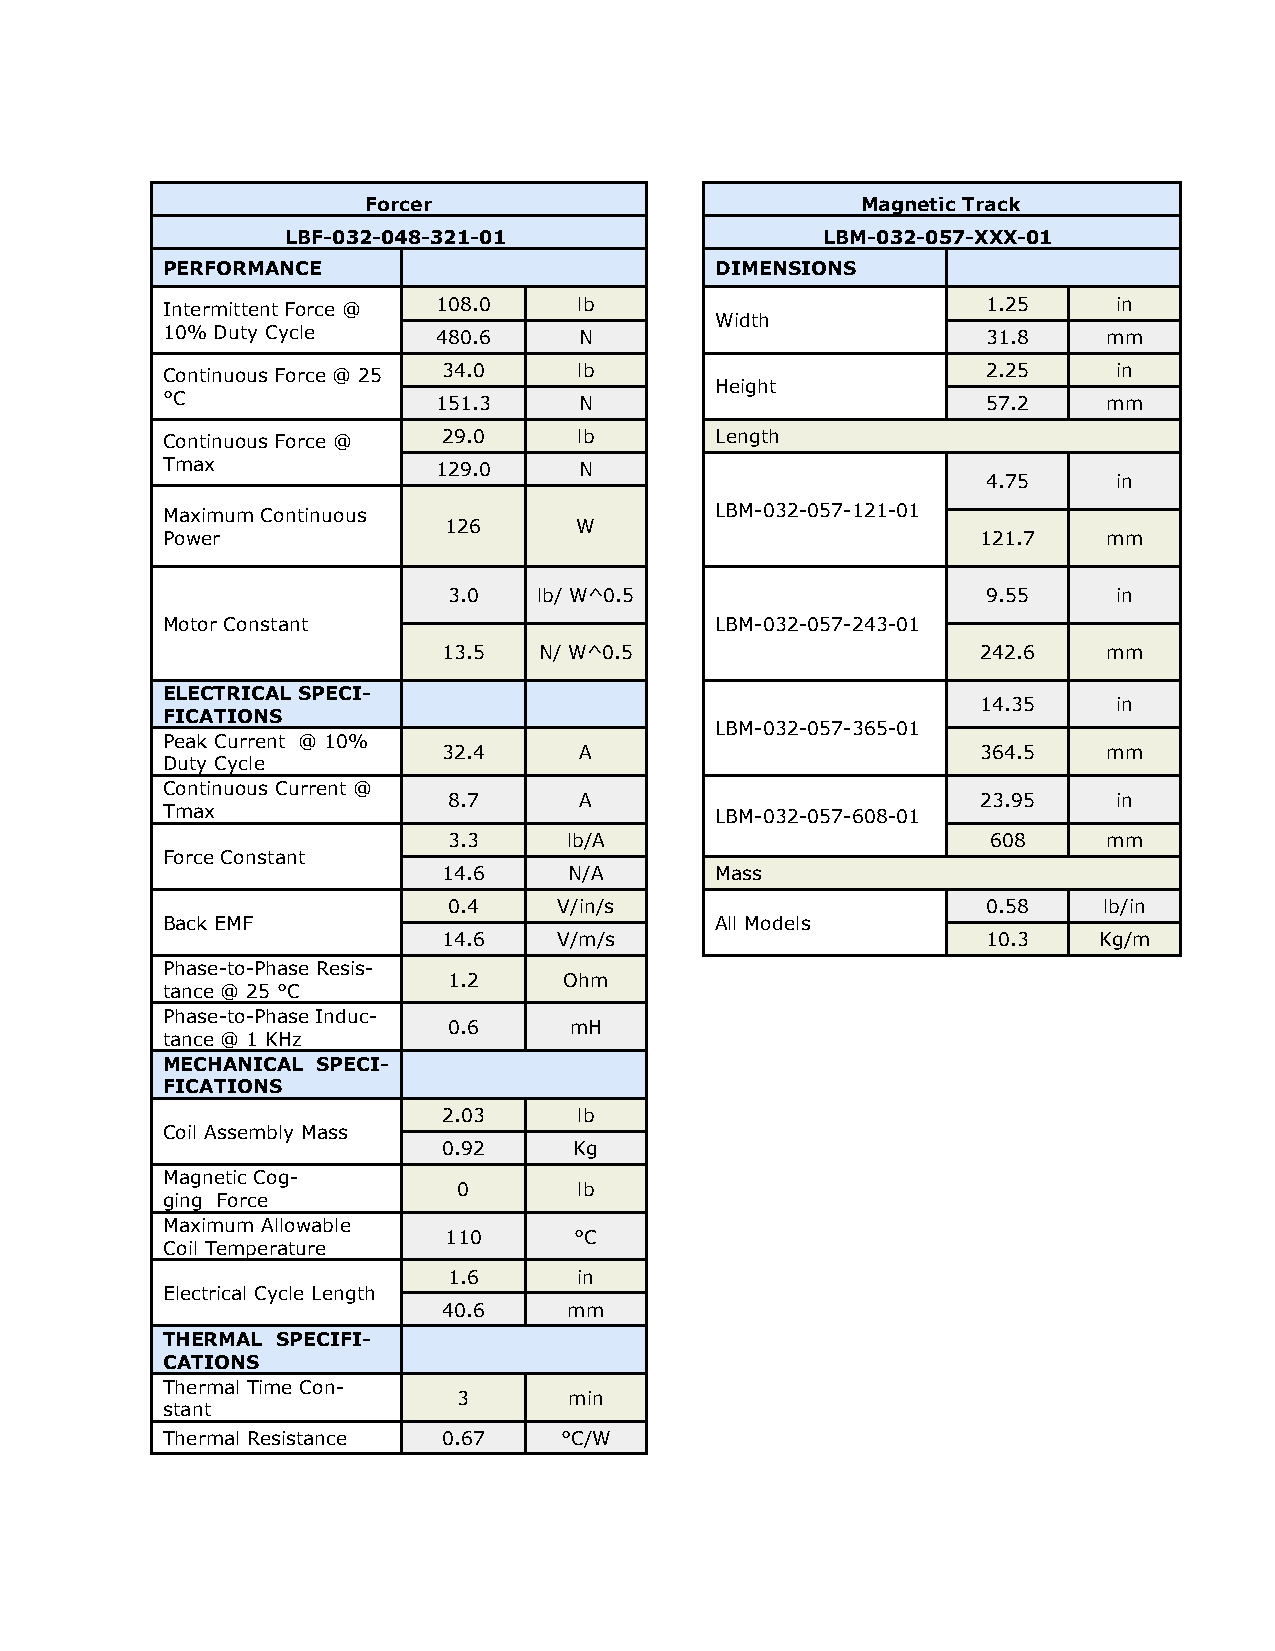
Forcer                           Magnetic Track
 LBF-032-048-321-01                  LBM-032-057-XXX-01
 PERFORMANCE                         DIMENSIONS
 I 1n 0t %er m Di ut tt ye n Ct
 y
 F co lerc e @ 1 40 88 0. .0
 6
 l Nb
 Width
 1 3. 12 .5
 8
 min
 m
 C °Co n tinuous Force @ 25 13 54 1. .0
 3
 l Nb
 Height
 2 5. 72 .5
 2
 min
 m
 Continuous Force @ 29.0    lb       Length
 Tmax              129.0    N
 4.75     in
 Maximum Continuous                  LBM-032-057-121-01
 Power
 126      W
 121.7   mm
 3.0   lb/ W^0.5                    9.55     in
 Motor Constant                      LBM-032-057-243-01
 13.5   N/ W^0.5                     242.6   mm
 E FIL CE AC TT IR OIC NA SL SPECI-
 14.35    in
 LBM-032-057-365-01
 P De ua tyk CC yu crr lee nt @ 10%
 32.4     A                          364.5   mm
 C Tmon at xin uous Current @
 8.7     A
 LBM-032-057-608-01
 23.95    in
 3.3     lb/A                        608    mm
 Force Constant
 14.6     N/A      Mass
 0.4    V/in/s                      0.58    lb/in
 Back EMF                            All Models
 14.6    V/m/s                       10.3    Kg/m
 Phase-to-Phase Resis-
 tance @ 25 °C
 1.2    Ohm
 Phase-to-Phase Induc-
 tance @ 1 KHz
 0.6     mH
 MECHANICAL SPECI-
 FICATIONS
 2.03     lb
 Coil Assembly Mass
 0.92     Kg
 M gia ng gn e Ft oic
 rc
 C eo g-
 0       lb
 M Coa ix
 l
 i Tm eu mm
 p
 eA rl alo tuw ra eb le
 110      °C
 1.6     in
 Electrical Cycle Length
 40.6     mm
 THERMAL SPECIFI-
 CATIONS
 T sth ae nr tm al Time Con-
 3       min
 Thermal Resistance 0.67   °C/W